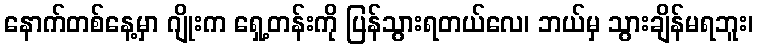
နောက်တစ်နေ့မှာ ဂျိုးက ရှေ့တန်းကို ပြန်သွားရတယ်လေ၊ ဘယ်မှ သွားချိန်မရဘူး၊